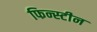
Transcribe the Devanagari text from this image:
फिन्स्टीन